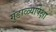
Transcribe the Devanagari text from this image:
गुंडाळ्यापेक्षा